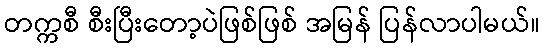
တက္ကစီ စီးပြီးတော့ပဲဖြစ်ဖြစ် အမြန် ပြန်လာပါမယ်။